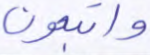
واتبعون